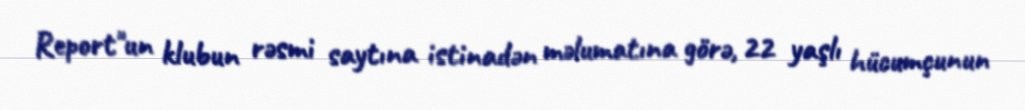
Report"un klubun rəsmi saytına istinadən məlumatına görə, 22 yaşlı hücumçunun